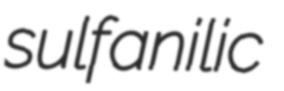
sulfanilic